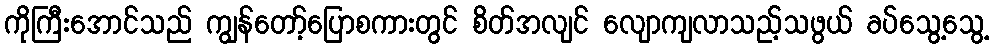
ကိုကြီးအောင်သည် ကျွန်တော့်ပြောစကားတွင် စိတ်အလျင် လျောကျလာသည့်သဖွယ် ခပ်သွေ့သွေ့